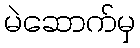
မဲဆောက်မှ